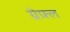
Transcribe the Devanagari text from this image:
ग्रेफ़्ल